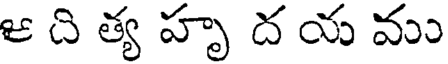
ఆ ది త్య హృ ద య ము